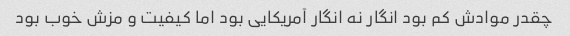
چقدر موادش کم بود انگار نه انگار آمریکایی بود اما کیفیت و مزش خوب بود